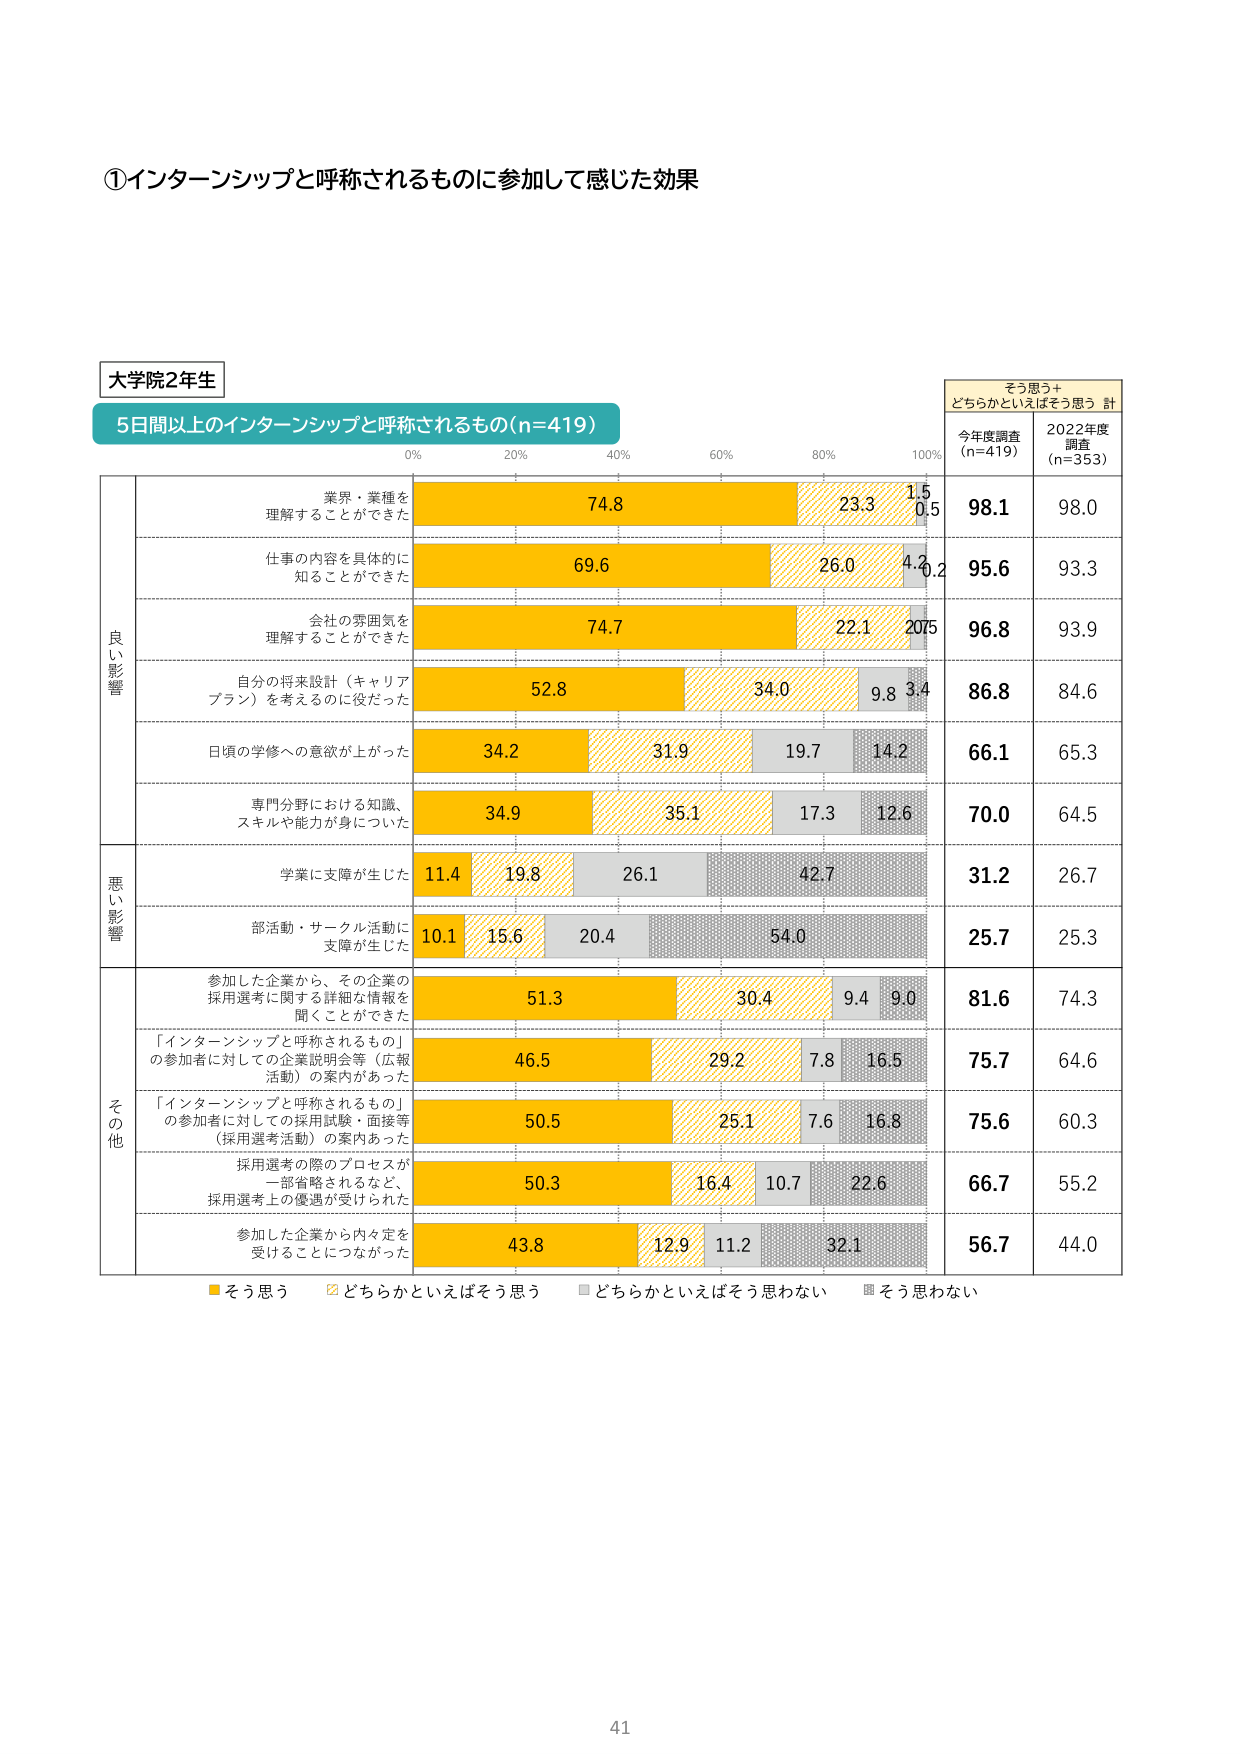
①インターンシップと呼称されるものに参加して感じた効果

大学院2年生

5日間以上のインターンシップと呼称されるもの(n=419)

0% 20% 40% 60% 80% 100%

そう思う＋
どちらかといえばそう思う 計

今年度調査
(n=419)

2022年度
調査
(n=353)

良い影響

業界・業種を
理解することができた

74.8 23.3 1.5 0.5 98.1 98.0

仕事の内容を具体的に
知ることができた

69.6 26.0 4.2 0.2 95.6 93.3

会社の雰囲気を
理解することができた

74.7 22.1 2.0 0.5 96.8 93.9

自分の将来設計（キャリア
プラン）を考えるのに役だった

52.8 34.0 9.8 3.4 86.8 84.6

日頃の学修への意欲が上がった

34.2 31.9 19.7 14.2 66.1 65.3

専門分野における知識、
スキルや能力が身についた

34.9 35.1 17.3 12.6 70.0 64.5

悪い影響

学業に支障が生じた

11.4 19.8 26.1 42.7 31.2 26.7

部活動・サークル活動に
支障が生じた

10.1 15.6 20.4 54.0 25.7 25.3

その他

参加した企業から、その企業の
採用選考に関する詳細な情報を
聞くことができた

51.3 30.4 9.4 9.0 81.6 74.3

「インターンシップと呼称されるもの」
の参加者に対しての企業説明会等（広報
活動）の案内があった

46.5 29.2 7.8 16.5 75.7 64.6

「インターンシップと呼称されるもの」
の参加者に対しての採用試験・面接等
（採用選考活動）の案内あった

50.5 25.1 7.6 16.8 75.6 60.3

採用選考の際のプロセスが
一部省略されるなど、
採用選考上の優遇が受けられた

50.3 16.4 10.7 22.6 66.7 55.2

参加した企業から内々定を
受けることにつながった

43.8 12.9 11.2 32.1 56.7 44.0

■そう思う □どちらかといえばそう思う ■どちらかといえばそう思わない ■そう思わない

41